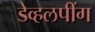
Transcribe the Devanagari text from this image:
डेव्हलपींग